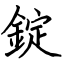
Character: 錠